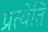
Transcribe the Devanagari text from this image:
प्रत्येति